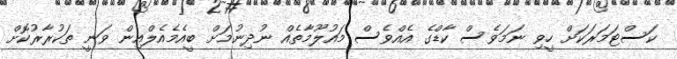
ކަސްޓަމަރަކަށް ހީވި ނަމަވެސް ކާޑްގެ އެއްވެސް މައުލޫމާތެއް ނުދިނުމަށް ބީއެމެއެލްއިން ވަނީ ތަކުރާރުކޮށް